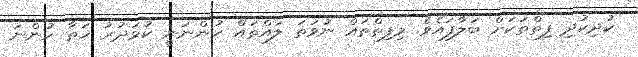
ކުދިކުދި ފިތްތަކަށް ބަލާފައެވެ. މިފިތްތައް ނުވަތަ ލައްތައް ހުންނަނީ ކުޅަދުރު ހަތާ ހުންނަ